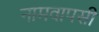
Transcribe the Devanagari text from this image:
नामवापसी